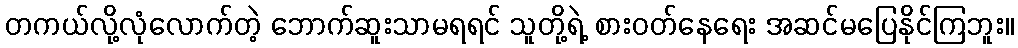
တကယ်လို့လုံလောက်တဲ့ ဘောက်ဆူးသာမရရင် သူတို့ရဲ့ စားဝတ်နေရေး အဆင်မပြေနိုင်ကြဘူး။